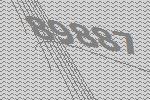
89887